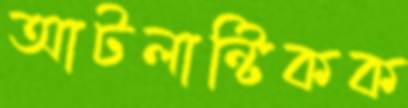
আটলান্টিকক